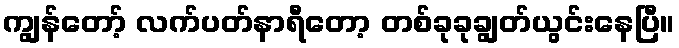
ကျွန်တော့် လက်ပတ်နာရီတော့ တစ်ခုခုချွတ်ယွင်းနေပြီ။